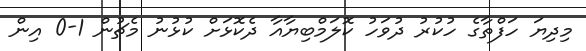
މިދިޔަ ހަފްތާގެ ހުކުރު ދުވަހު ކޮލަމްބިޔާއާ ދެކޮޅަށް ކުޅުނު މެޗުން 1-0 އިން